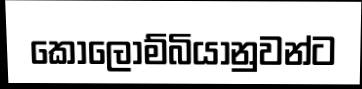
කොලොම්බියානුවන්ට